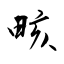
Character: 畡